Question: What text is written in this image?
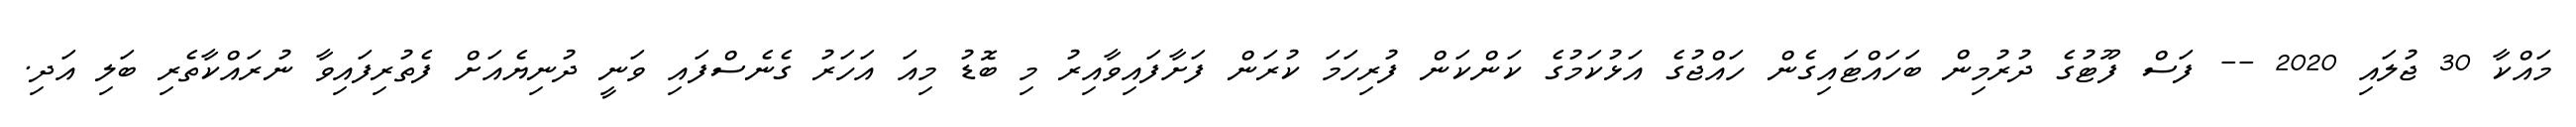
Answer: މައްކާ 30 ޖުލައި 2020 -- ފަސް ފޫޓުގެ ދުރުމިން ބަހައްޓައިގެން ހައްޖުގެ އަޅުކަމުގެ ކަންކަން ފުރިހަމަ ކުރަން ފަށާފައިވާއިރު މި ބޮޑު މިއަ އަހަރު ގެނެސްފައި ވަނީ ދުނިޔެއަށް ފެތުރިފައިވާ ނުރައްކާތެރި ބަލި އަދި.